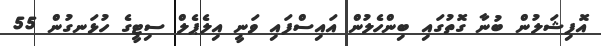
އޮފިޝަލުން ބުނާ ގޮތުގައި ބިންހެލުން އައިސްފައި ވަނީ އިލެޕެލް ސިޓީގެ ހުޅަނގުން 55